Scientific memoirs by medical officers of the Army of India - Part VII,
Year: 1892
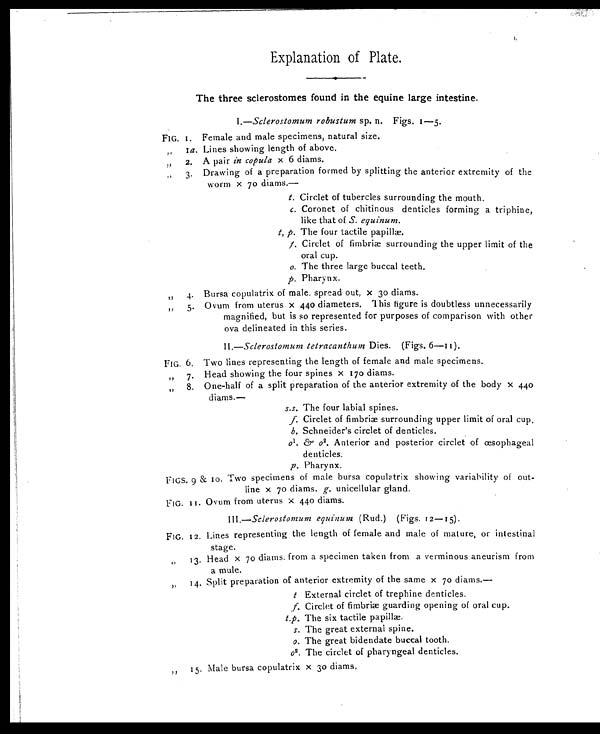
Explanation of Plate.
The three sclerostomes found in the equine large intestine.
1.—Sclerostomum robustum sp. n. Figs. 1—5.
FIG. 1 Female and male specimens, natural size.
,, 1a. Lines showing length of above.
,, 2. A pair in copula x 6 diams.
,, 3. Drawing of a preparation formed by splitting the anterior extremity of the
worm x 70 diams.—
t. Circlet of tubercles surrounding the mouth.
c. Coronet of chitinous denticles forming a triphine,
like that of S. equinum.
t. p. The four tactile papillæ.
f .C
i r c l e t o f f i m b r i æ s u r r o u n d i n g t h e u p p e r l i m i t o f t h e
oral cup.
o .
T h e t h r e e l a r g e b u c c a l t e e t h .
p .
P h a r y n x .
,, 4. Bursa copulatrix of male. spread out, x 30 diams.
, , 5 . O v u m f r o m u t e r u s x 4 4 0 d i a m e t e r s . T h i s f i g u r e i s d o u b t l e s s u n n e c e s s a r i l y
magnified, but is so represented for purposes of comparison with other
ova delineated in this series.
II.—Sclerostomum tetracanthum Dies. (Figs. 6—11).
FIG. 6. Two lines representing the length of female and male specimens.
,, 7. Head showing the four spines x 170 diams.
,, 8. One-half of a split preparation of the anterior extremity of the body x 440
diams.—
s.s. The four labial spines.
f. Circlet of fimbriæ surrounding upper limit of oral cup.
b. Schneider's circlet of denticles.
o1 . & o 2 . Anterior and posterior circlet of œsophageal
denticles.
p. Pharynx.
FIGS. 9 & 10. Two specimens of male bursa copulatrix showing variability of out-
line x 70 diams. g. unicellular gland.
FIG. 11. Ovum from uterus x 440 diams.
III.— Sclerostonzum equinum (Rud.) (Figs.
12—15).
FIG. 12. Lines representing the length of female and male of mature, or intestinal
stage.
, , 13. Head x 70 di ams. from a speci men taken from a vermi nous aneuri sm from
a mule.
,, 14. Split preparation of anterior extremity of the same x 70 diams.—
t External circlet of trephine denticles.
f. Circlet of fimbriæ guarding opening of oral cup.
t.p. The six tactile papillæ.
s. The great external spine.
o. The great bidendate buccal tooth.
02 . The circlet of pharyngeal denticles.
, , 1 5 . M a l e b u r s a c o p u l a t r i x x 3 0 d i a m s .